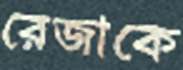
রেজাকে